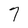
Character: 7